Tartu_linnavalitsus, lk 89
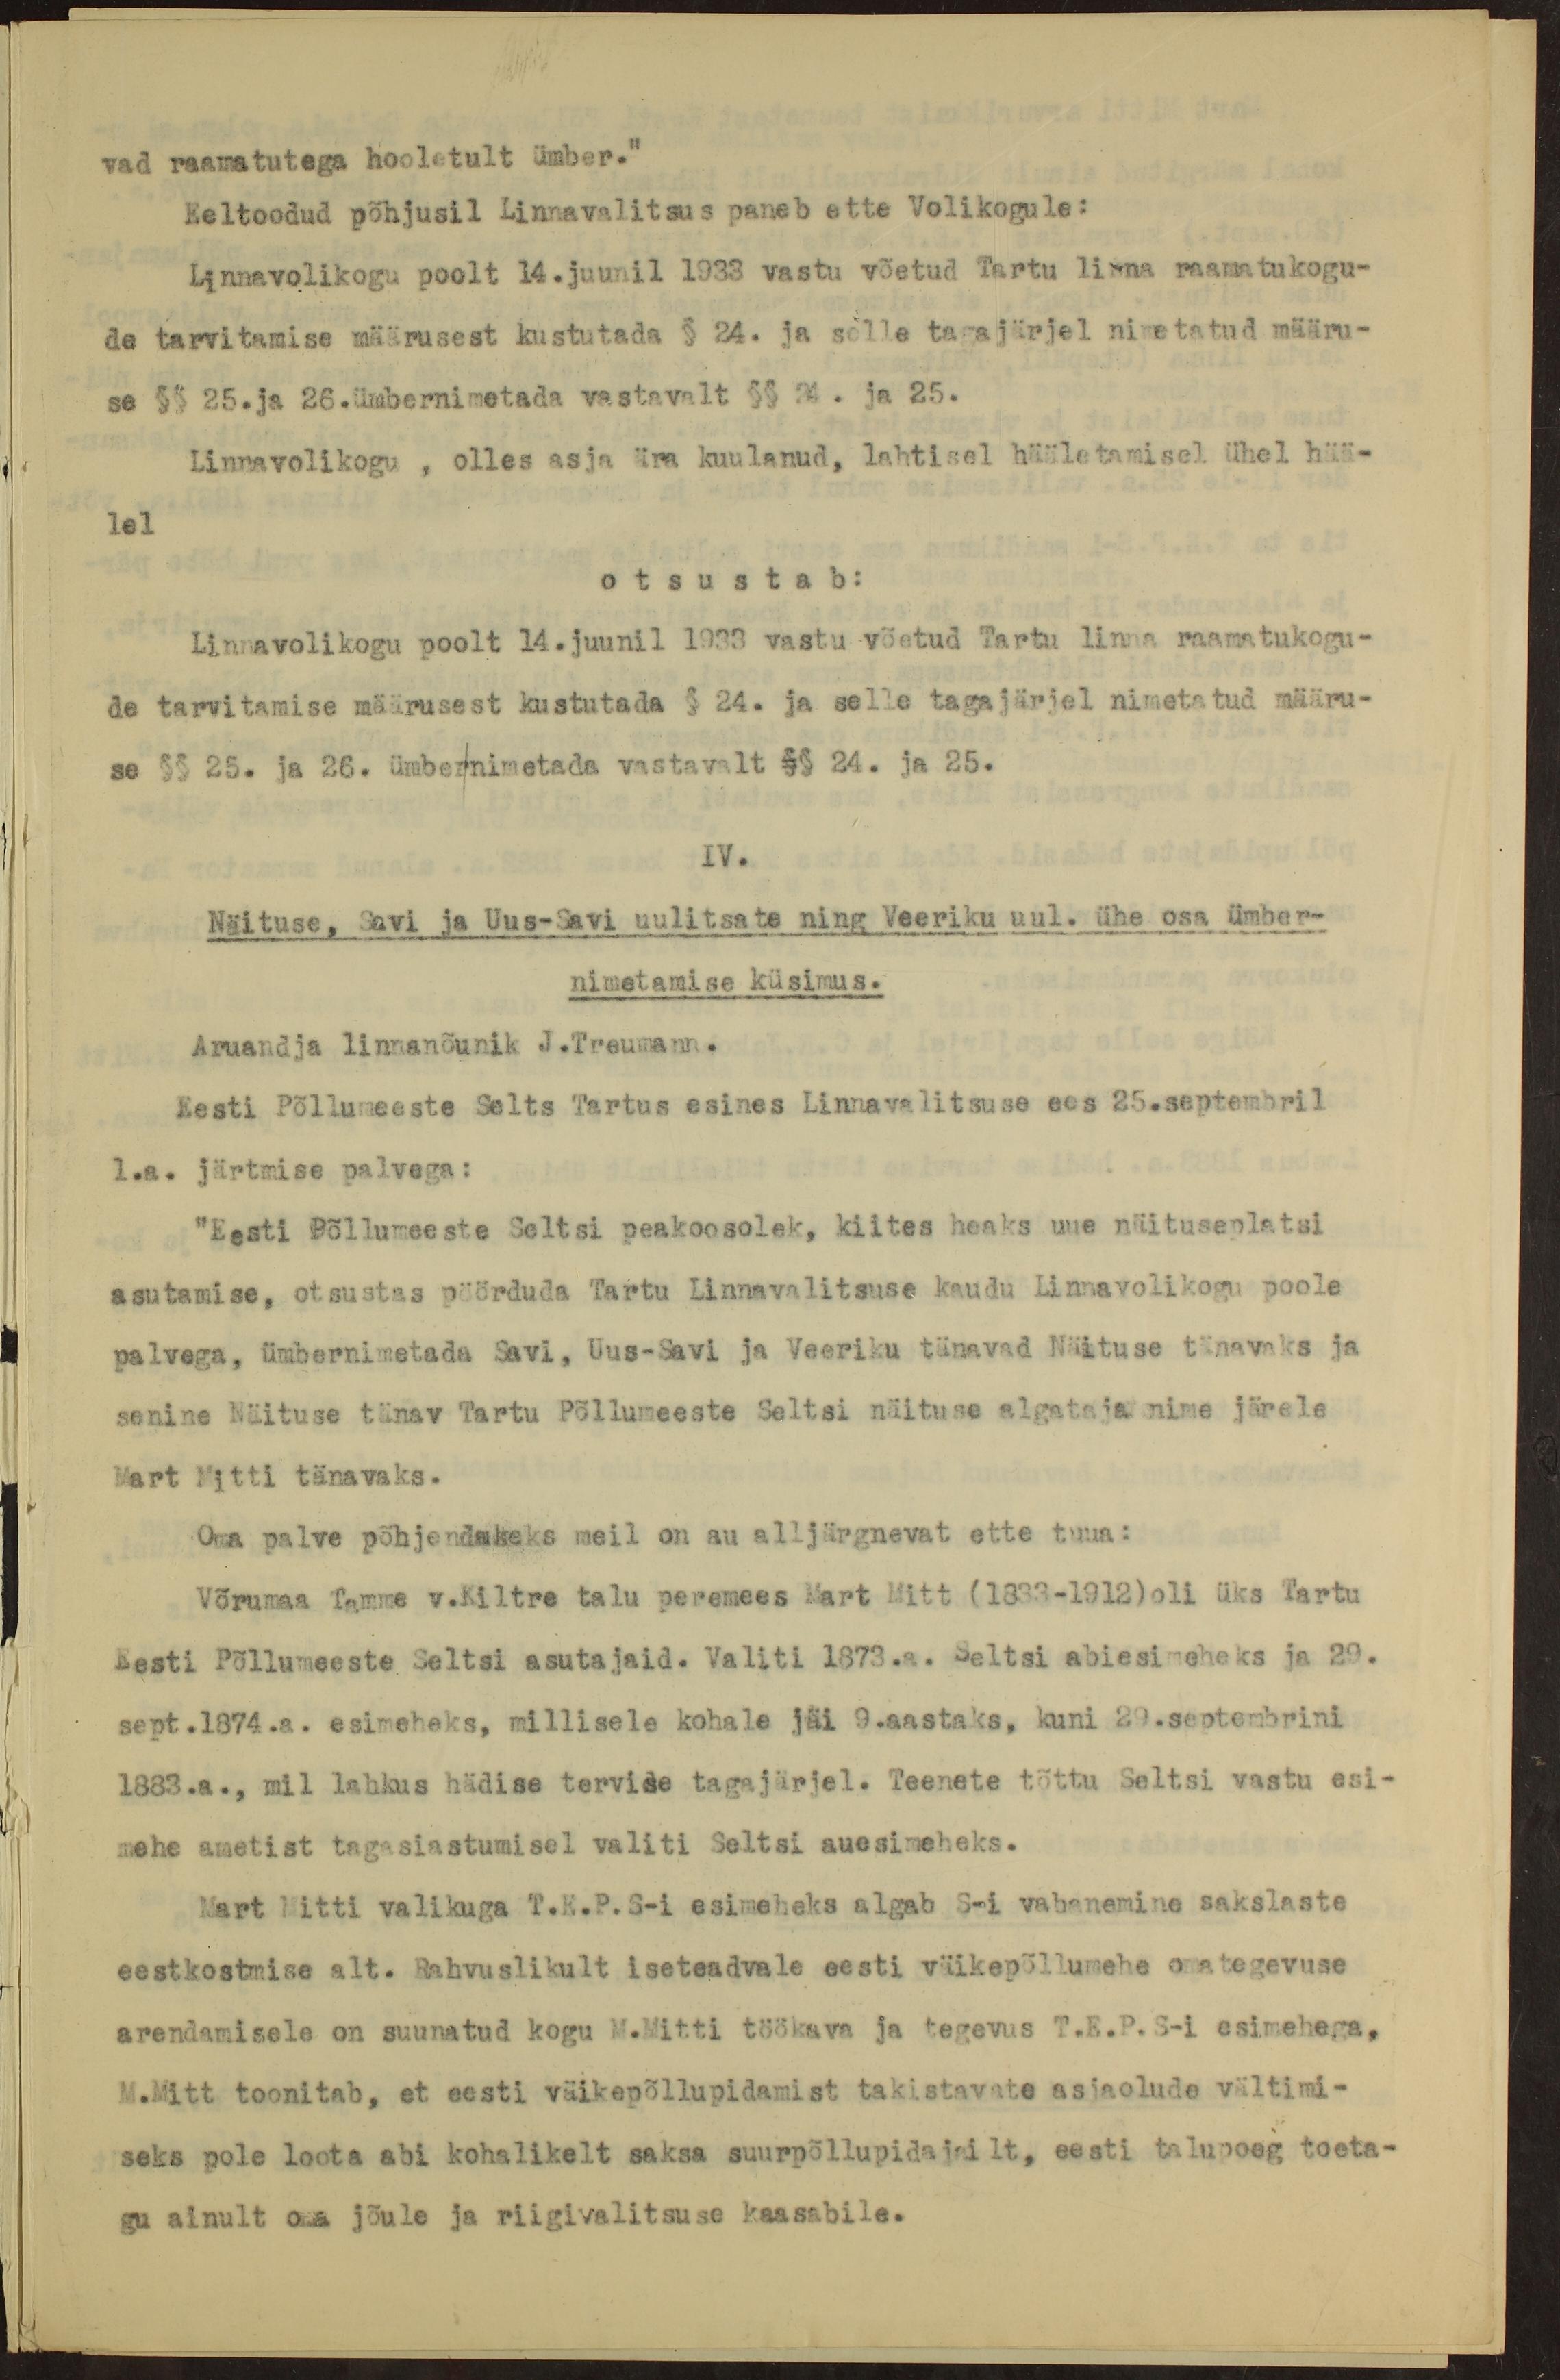
vad raamatutega hooletult ümber."
Eeltoodud põhjusil Linnavalitsus paneb ette Volikogule:
Linnavolikogu poolt 14.juunil 1933 vastu võetud Tartu linna raamatukogu-
de tarvitamise määrusest kustutada § 24. ja selle tagajärjel nimetatud määru-
se §§ 25.ja 26.ümbernimetada vastavalt §§ 24. ja 25.
Linnavolikogu , olles asja ära kuulanud, lahtisel hääletamisel ühel hää-
lel
otsustab:
Linnavolikogu poolt 14.juunil 1933 vastu võetud Tartu linna raamatukogu-
de tarvitamise määrusest kustutada § 24. ja selle tagajärjel nimetatud määru-
se §§ 25. ja 26. ümbernimetada vastavalt §§ 24. ja 25.
IV.
Näituse, Savi ja Uus-Savi uulitsate ning Veeriku uul. ühe osa ümber-
nimetamise küsimus.
Aruandja linnanõunik J.Treumann.
Eesti Põllumeeste Selts Tartus esines Linnavalitsuse ees 25.septembril
l.a. järtmise palvega:
"Eesti Põllumeeste Seltsi peakoosolek, kiites heaks uue näituseplatsi
asutamise, otsustas pöörduda Tartu Linnavalitsuse kaudu Linnavolikogu poole
palvega, ümbernimetada Savi, Uus-Savi ja Veeriku tänavad Näituse tänavaks ja
senine Näituse tänav Tartu Põllumeeste Seltsi näituse algataja nime järele
Mart Mitti tänavaks.
Oma palve põhjendukeks meil on au alljärgnevat ette tuua:
Võrumaa Tamme v.Kiltre talu peremees Mart Mitt (1833-1912) oli üks Tartu
Eesti Põllumeeste Seltsi asutajaid. Valiti 1873.a. Seltsi abiesimeheks ja 29.
sept.1874.a. esimeheks, millisele kohale jäi 9.aastaks, kuni 29.septembrini
1883.a., mil lahkus hädise tervise tagajärjel. Teenete tõttu Seltsi vastu esi-
mehe ametist tagasiastumisel valiti Seltsi auesimeheks.
Mart Mitti valikuga T.E.P.S-i esimeheks algab S-i vabanemine sakslaste
eestkostmise alt. Rahvuslikult iseteadvale eesti väikepõllumehe omategevuse
arendamisele on suunatud kogu M.Mitti töökava ja tegevus T.E.P.S-i esimehega.
M.Mitt toonitab, et eesti väikepõllupidamist takistavate asjaolude vältimi-
seks pole loota abi kohalikelt saksa suurpõllupidajailt, eesti talupoeg toeta-
gu ainult oma jõule ja riigivalitsuse kaasabile.